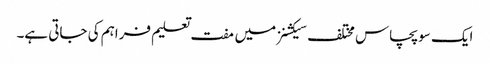
ایک سو پچاس مختلف سیکشنز میں مفت تعلیم فراہم کی جاتی ہے۔